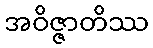
အဝိဇ္ဇာတိဿ